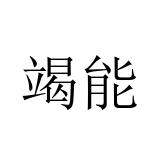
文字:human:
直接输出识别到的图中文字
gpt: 竭能